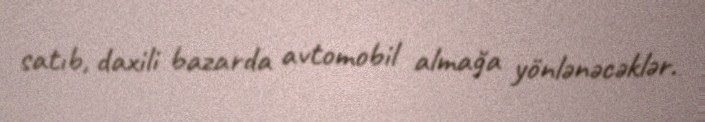
satıb, daxili bazarda avtomobil almağa yönlənəcəklər.